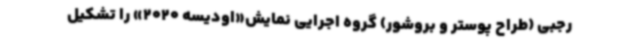
رجبی (طراح پوستر و بروشور) گروه اجرایی نمایش«اودیسه 2020» را تشکیل